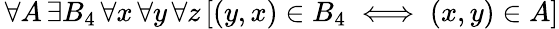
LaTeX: \, \forall A\, \exists B_{4}\, \forall x\, \forall y\, \forall z\, [(y,x)\in B_{4}\iff(x,y)\in A]